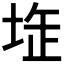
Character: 𡋨